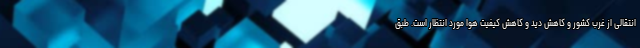
انتقالی از غرب کشور و کاهش دید و کاهش کیفیت هوا مورد انتظار است. طبق